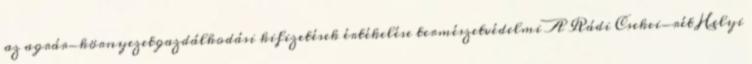
az agrár-környezetgazdálkodási kifizetések értékelése természetvédelmi A Rádi Csekei-rét Helyi